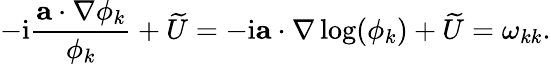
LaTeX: -\mathrm{i}\frac{\mathbf{a}\cdot\nabla\phi_{k}}{\phi_{k}}+\widetilde{U}=-\mathrm{i}\mathbf{a}\cdot\nabla\log(\phi_{k})+\widetilde{U}=\omega_{kk}.